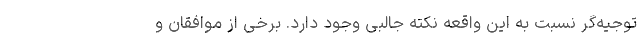
توجیه‌گر نسبت به این واقعه نکته جالبی وجود دارد. برخی از موافقان و